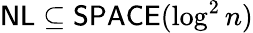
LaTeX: {\mathsf{NL}}\subseteq{\mathsf{SPACE}}(\log^{2}n)